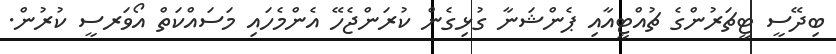
ބިދޭސީ ޓީޗަރުންގެ ޗުއްޓީއާއި ޕެންޝަނާ ގުޅިގެން ކުރަންޖެހޭ އެންމެހައި މަސައްކަތް އޯވަރސީ ކުރުން.